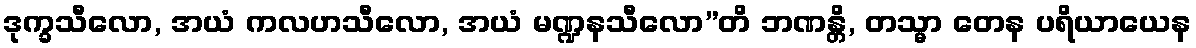
ဒုက္ခသီလော, အယံ ကလဟသီလော, အယံ မဏ္ဍနသီလော”တိ ဘဏန္တိ, တသ္မာ တေန ပရိယာယေန